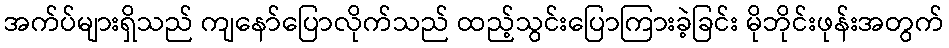
အက်ပ်များရှိသည် ကျနော်ပြောလိုက်သည် ထည့်သွင်းပြောကြားခဲ့ခြင်း မိုဘိုင်းဖုန်းအတွက်